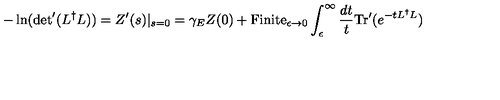
- \ln ( { \det } ^ { \prime } ( L ^ { \dag } L ) ) = Z ^ { \prime } ( s ) | _ { s = 0 } = \gamma _ { E } Z ( 0 ) + { \mathrm { F i n i t e } } _ { \epsilon \rightarrow 0 } \int _ { \epsilon } ^ { \infty } \frac { d t } { t } \mathrm { T r } ^ { \prime } ( e ^ { - t L ^ { \dag } L } )